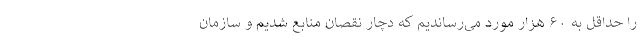
را حداقل به ۶۰ هزار مورد می‌رساندیم که دچار نقصان منابع شدیم و سازمان